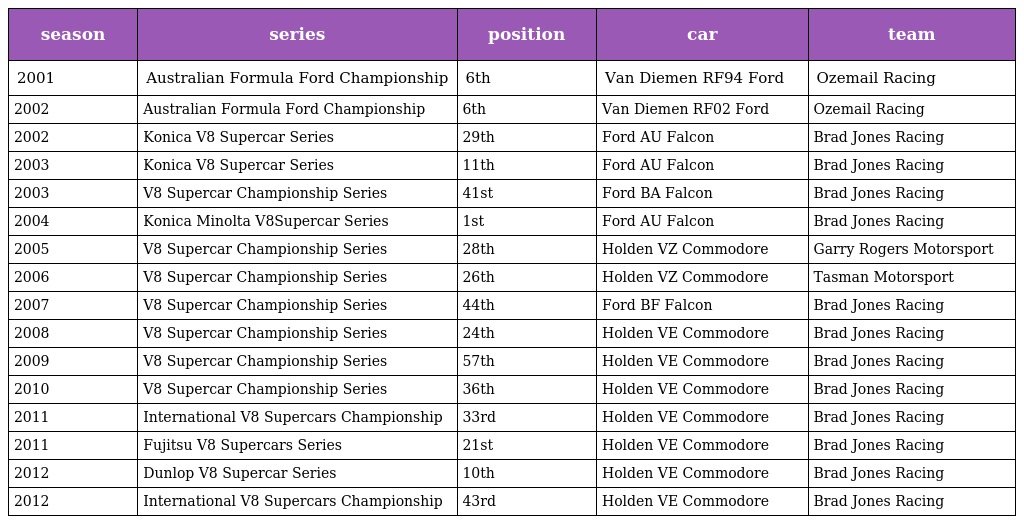
| season | series | position | car | team |
 | --- | --- | --- | --- | --- |
 | 2001 | Australian Formula Ford Championship | 6th | Van Diemen RF94 Ford | Ozemail Racing |
 | 2002 | Australian Formula Ford Championship | 6th | Van Diemen RF02 Ford | Ozemail Racing |
 | 2002 | Konica V8 Supercar Series | 29th | Ford AU Falcon | Brad Jones Racing |
 | 2003 | Konica V8 Supercar Series | 11th | Ford AU Falcon | Brad Jones Racing |
 | 2003 | V8 Supercar Championship Series | 41st | Ford BA Falcon | Brad Jones Racing |
 | 2004 | Konica Minolta V8Supercar Series | 1st | Ford AU Falcon | Brad Jones Racing |
 | 2005 | V8 Supercar Championship Series | 28th | Holden VZ Commodore | Garry Rogers Motorsport |
 | 2006 | V8 Supercar Championship Series | 26th | Holden VZ Commodore | Tasman Motorsport |
 | 2007 | V8 Supercar Championship Series | 44th | Ford BF Falcon | Brad Jones Racing |
 | 2008 | V8 Supercar Championship Series | 24th | Holden VE Commodore | Brad Jones Racing |
 | 2009 | V8 Supercar Championship Series | 57th | Holden VE Commodore | Brad Jones Racing |
 | 2010 | V8 Supercar Championship Series | 36th | Holden VE Commodore | Brad Jones Racing |
 | 2011 | International V8 Supercars Championship | 33rd | Holden VE Commodore | Brad Jones Racing |
 | 2011 | Fujitsu V8 Supercars Series | 21st | Holden VE Commodore | Brad Jones Racing |
 | 2012 | Dunlop V8 Supercar Series | 10th | Holden VE Commodore | Brad Jones Racing |
 | 2012 | International V8 Supercars Championship | 43rd | Holden VE Commodore | Brad Jones Racing |